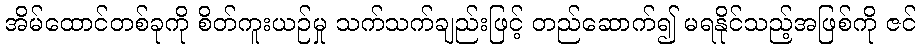
အိမ်ထောင်တစ်ခုကို စိတ်ကူးယဉ်မှု သက်သက်ချည်းဖြင့် တည်ဆောက်၍ မရနိုင်သည့်အဖြစ်ကို ဇင်